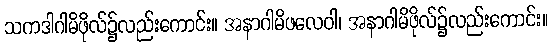
သကဒါဂါမိဖိုလ်၌လည်းကောင်း။ အနာဂါမိဖလေဝါ၊ အနာဂါမိဖိုလ်၌လည်းကောင်း။